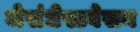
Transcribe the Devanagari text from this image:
जेसंधेस्टवेसन